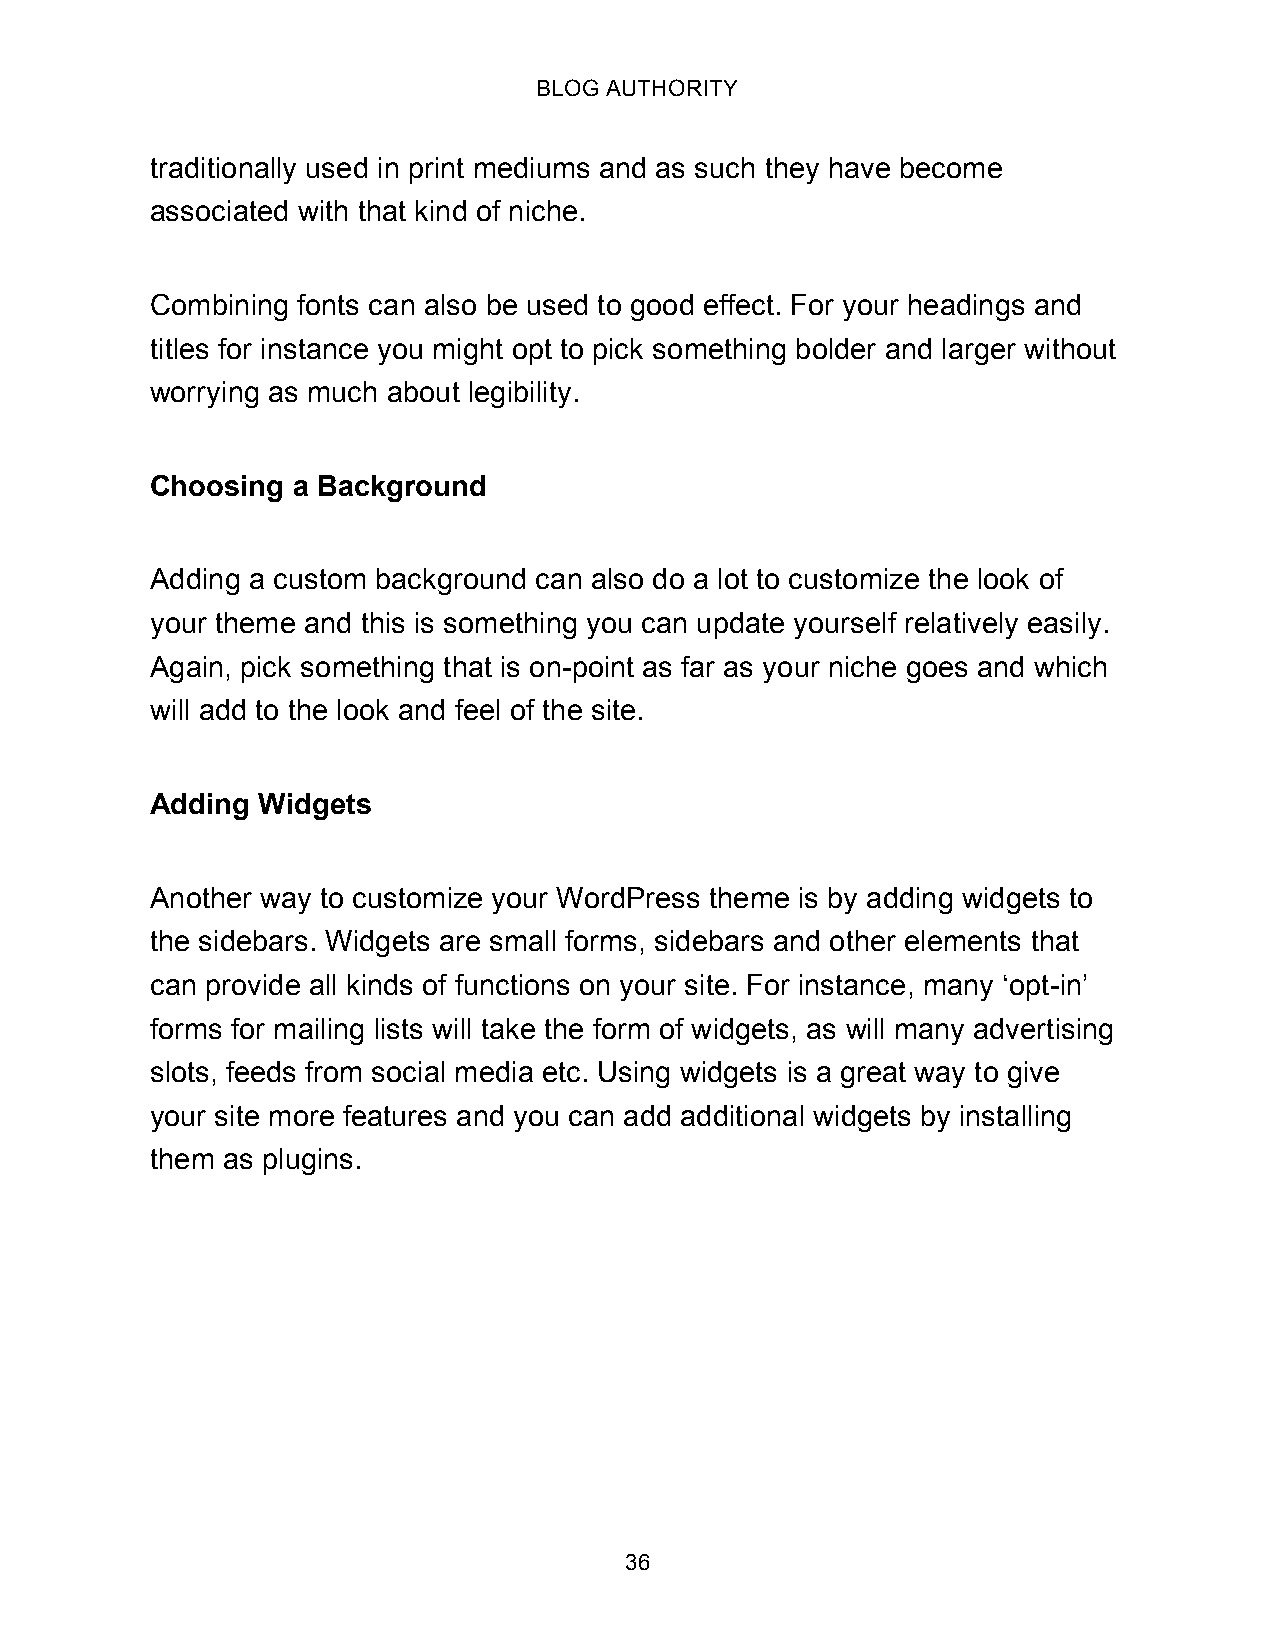
BLOG AUTHORITY
 traditionally used in print mediums and as such they have become
 associated with that kind of niche.
 Combining fonts can also be used to good effect. For your headings and
 titles for instance you might opt to pick something bolder and larger without
 worrying as much about legibility.
 Choosing a Background
 Adding a custom background can also do a lot to customize the look of
 your theme and this is something you can update yourself relatively easily.
 Again, pick something that is on-point as far as your niche goes and which
 will add to the look and feel of the site.
 Adding Widgets
 Another way to customize your WordPress theme is by adding widgets to
 the sidebars. Widgets are small forms, sidebars and other elements that
 can provide all kinds of functions on your site. For instance, many ‘opt-in’
 forms for mailing lists will take the form of widgets, as will many advertising
 slots, feeds from social media etc. Using widgets is a great way to give
 your site more features and you can add additional widgets by installing
 them as plugins.
 36